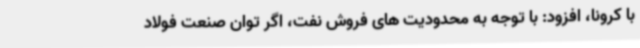
با کرونا، افزود: با توجه به محدودیت های فروش نفت، اگر توان صنعت فولاد